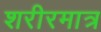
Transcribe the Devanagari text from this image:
शरीरमात्र